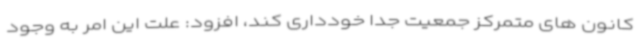
کانون های متمرکز جمعیت جداً خودداری کند، افزود: علت این امر به وجود